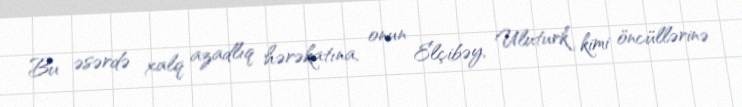
Bu əsərdə xalq azadlıq hərəkatına, onun Elçibəy, Uluturk kimi öncüllərinə